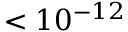
< 1 0 ^ { - 1 2 }